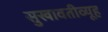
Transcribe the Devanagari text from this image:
सुखावतीव्यूह